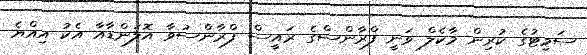
ސަމިޓުގެ ކުރިން މާކެލް ވަނީ ފްރާންސްގެ ރައީސް ފްރާންސުވާ އޮލަންޑާއާ އެކު އިއްޔެ